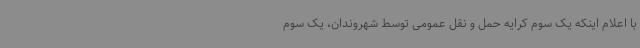
با اعلام اینکه یک سوم کرایه حمل و نقل عمومی توسط شهروندان، یک سوم